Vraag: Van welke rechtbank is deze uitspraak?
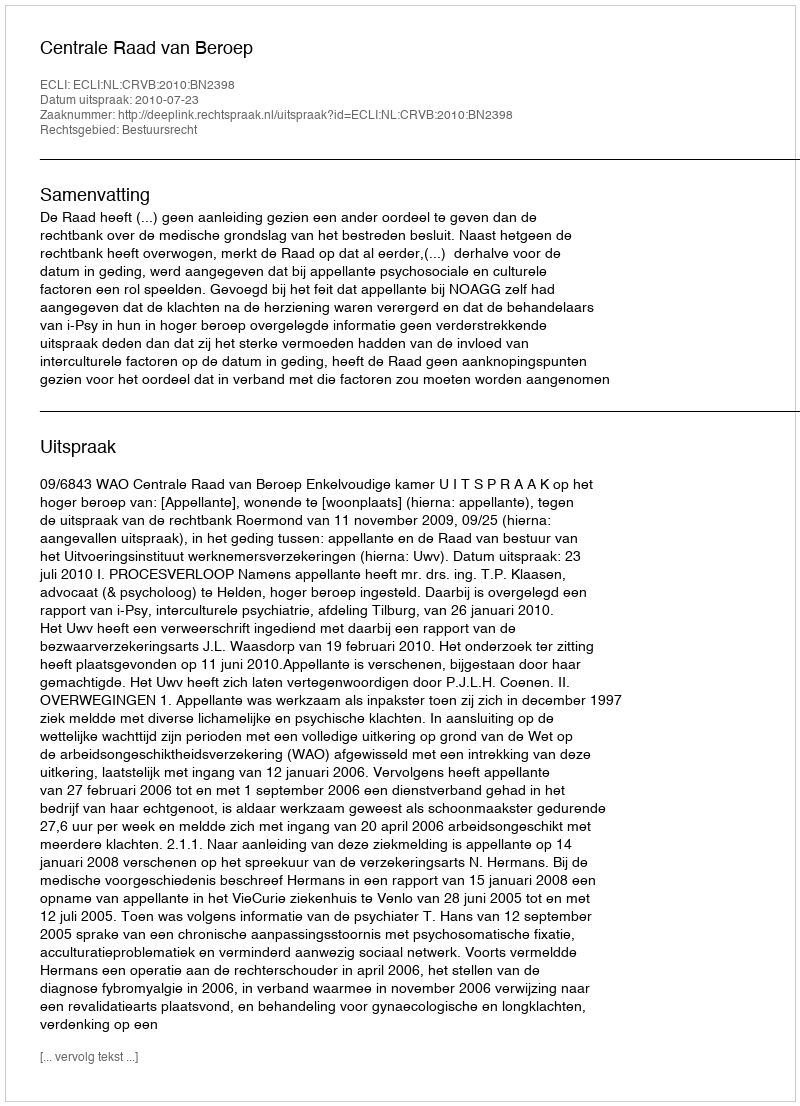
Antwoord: Centrale Raad van Beroep